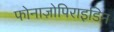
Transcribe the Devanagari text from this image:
फोनाज़ोपिराइडिन